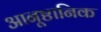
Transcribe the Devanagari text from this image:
आनूष्ठानिक